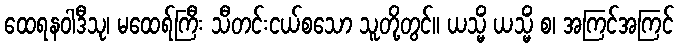
ထေရနဝါဒီသု၊ မထေရ်ကြီး သီတင်းငယ်စသော သူတို့တွင်။ ယသ္မိံ ယသ္မိံ စ၊ အကြင်အကြင်